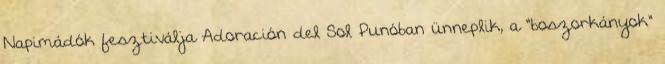
Napimádók fesztiválja Adoración del Sol Punóban ünneplik, a "boszorkányok"